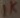
Text: 1K